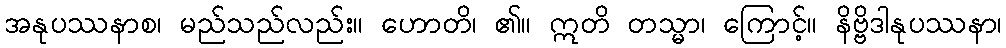
အနုပဿနာစ၊ မည်သည်လည်း။ ဟောတိ၊ ၏။ ဣတိ တသ္မာ၊ ကြောင့်။ နိဗ္ဗိဒါနုပဿနာ၊